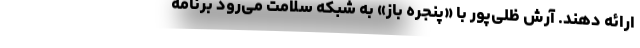
ارائه دهند. آرش ظلی‌پور با «پنجره باز» به شبکه سلامت می‌رود برنامه